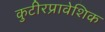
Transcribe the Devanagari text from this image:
कुटीरप्रावेशिक